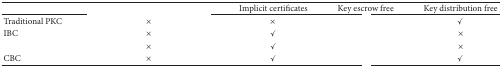
<table><thead><tr><td>[EMPTY_CELL]</td><td>[EMPTY_CELL]</td><td><b>Implicit certificates</b></td><td><b>Key escrow free</b></td><td><b>Key distribution free</b></td></tr></thead><tbody><tr><td>Traditional PKC</td><td>×</td><td>×</td><td>[EMPTY_CELL]</td><td><i>✓</i></td></tr><tr><td>IBC</td><td>×</td><td><i>✓</i></td><td>[EMPTY_CELL]</td><td>×</td></tr><tr><td>[EMPTY_CELL]</td><td>×</td><td><i>✓</i></td><td>[EMPTY_CELL]</td><td>×</td></tr><tr><td>CBC</td><td>×</td><td><i>✓</i></td><td>[EMPTY_CELL]</td><td><i>✓</i></td></tr></tbody></table>